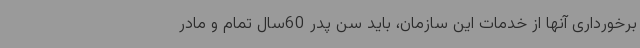
برخورداری آنها از خدمات این سازمان، باید سن پدر 60سال تمام و مادر